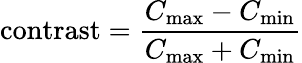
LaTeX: {\mathrm{contrast}}={\frac{C_{\operatorname*{max}}-C_{\operatorname*{min}}}{C_{\operatorname*{max}}+C_{\operatorname*{min}}}}